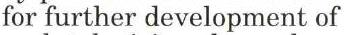
for further development of